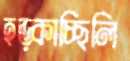
হড়্‌কাচ্ছিলি